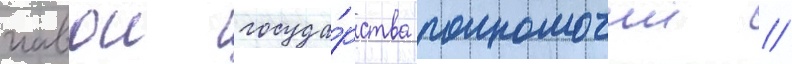
главои госуда́рства полномочии //